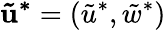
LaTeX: \mathbf{\tilde{u}^{*}}=(\tilde{u}^{*},\tilde{w}^{*})